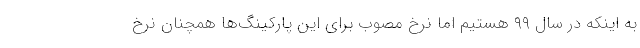
به اینکه در سال ۹۹ هستیم اما نرخ مصوب برای این پارکینگ‌ها همچنان نرخ